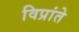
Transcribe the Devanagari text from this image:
विप्रांते